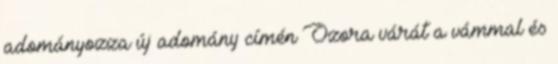
adományozza új adomány címén Ozora várát a vámmal és